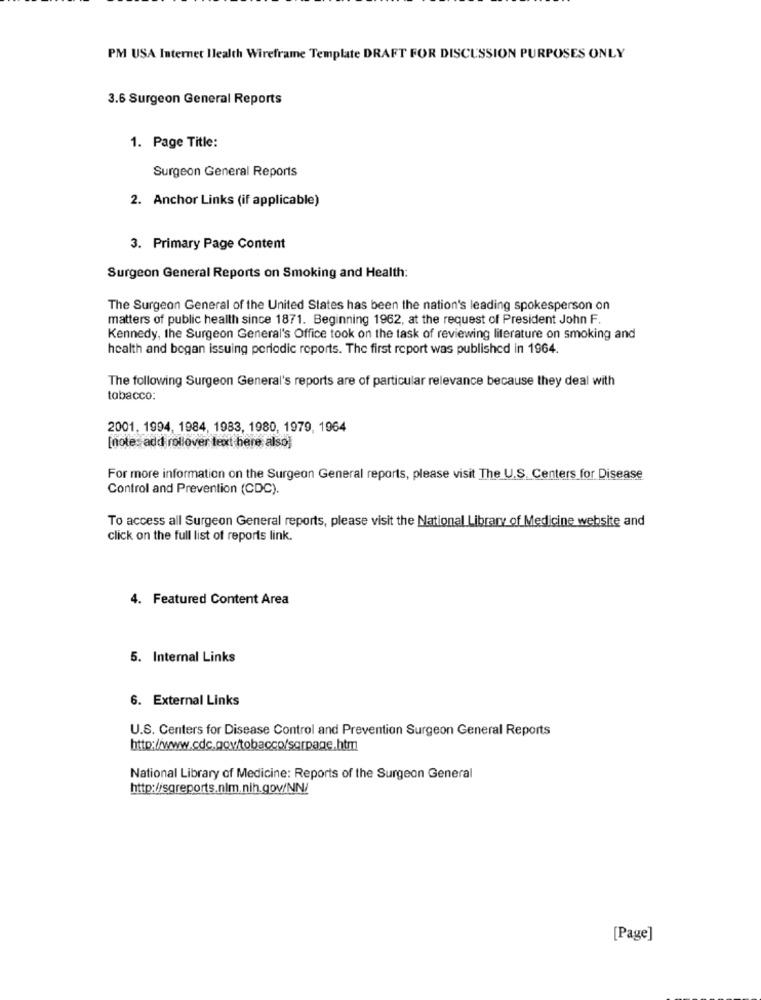
PM USA Internet Ilealth Wireframe Template DRAFT FOR DISCUSSION PURPOSES ONLY
3.6 Surgeon General Reports
1. Page Title:
Surgeon General Reports
2. Anchor Links (if applicable)
3. Primary Page Content
Surgeon General Reports on Smoking and Health:
The Surgeon General of the United States has been the nation's leading spokesperson on
matters of public health since 1871. Beginning 1962, at the request of President John F.
Kennedy, the Surgeon General's Office took on the task of reviewing literature on smoking and
health and began issuing periodic reports. The first report was published in 1964.
The following Surgeon General's reports are of particular relevance because they deal with
tobacco:
2001. 1994, 1984, 1983, 1980, 1979, 1964
[note: add rollover text here also]
For more information on the Surgeon General reports, please visit The U.S. Centers for Disease
Control and Prevention (CDC).
To access all Surgeon General reports, please visit the National Library of Medicine website and
click on the full list of reports link.
4. Featured Content Area
5. Internal Links
6. External Links
U.S. Centers for Disease Control and Prevention Surgeon General Reports
http://www.cdc.gov/tobacco/sqrpage.htm
National Library of Medicine: Reports of the Surgeon General
http://sgreports.nlm.nih.gov/NN/
[Page]